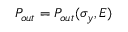
P _ { o u t } = P _ { o u t } ( \sigma _ { y } , E )